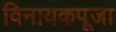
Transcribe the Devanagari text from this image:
विनायकपूजा